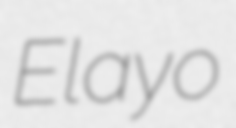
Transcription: Elayo